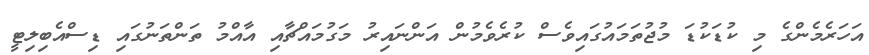
އަހަރެމެންގެ މި ކުޑަކުޑަ މުޖުތަމައުގައިވެސް ކުރެވެމުން އަންނައިރު މަގުމައްޗާއި އާއްމު ތަންތަނުގައި ޑިސްއެބިލިޓީ